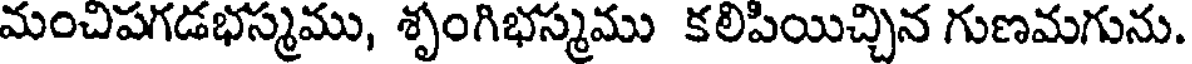
మంచిపగడభస్మము, శృంగిభస్మము కలిపియిచ్చిన గుణమగును.